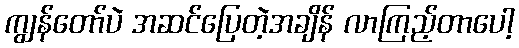
ကျွန်တော်ပဲ အဆင်ပြေတဲ့အချိန် လာကြည့်တာပေါ့